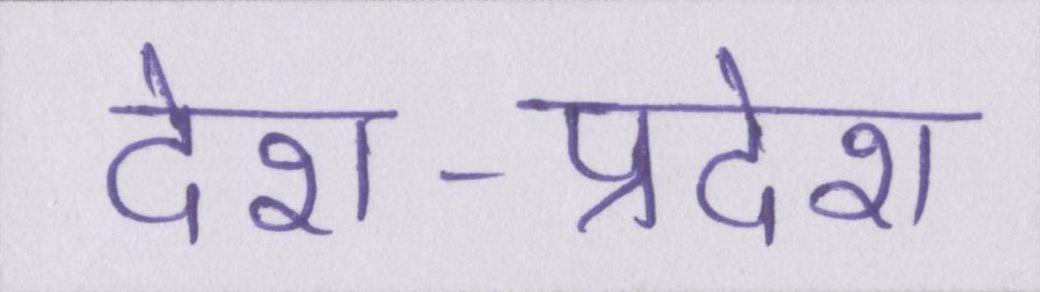
देश-प्रदेश